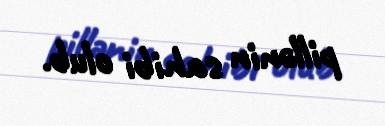
pillənin sahibi olub.